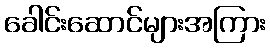
ခေါင်းဆောင်များအကြား